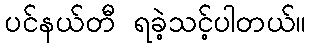
ပင်နယ်တီ ရခဲ့သင့်ပါတယ်။